Report of the Bombay Veterinary College
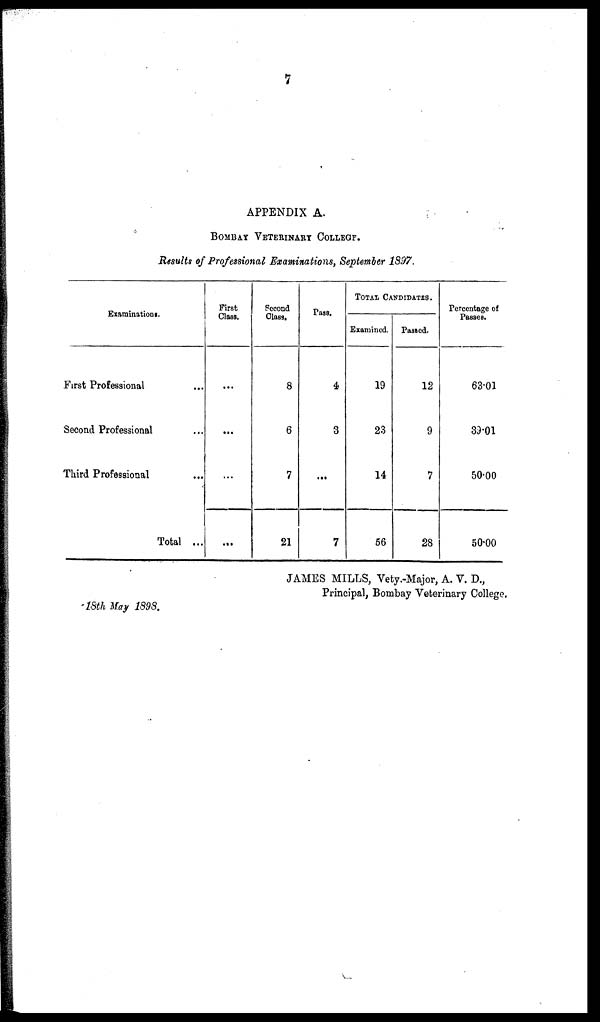
7
APPENDIX A.
BOMBAY VETERINARY COLLEGE.
Results of Professional Examinations, September 1897.
Examinations.
First Professional ...
Second Professional ...
Third Professional ...
Total ...
First
Class.
...
...
...
...
Second
Class.
8
6
7
21
Pass.
4
3
...
7
TOTAL CANDIDTES.
Examined.
19
23
14
56
Passed.
12
9
7
28
Percentage of
Passes.
63.01
39.01
50.00
50.00
JAMES MILLS, Vety.-Major, A. V. D.,
Principal, Bombay Veterinary College.
18th May 1898.